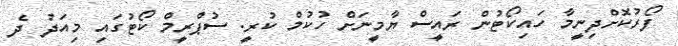
ފޯރުކޮށްދިނީމާ ހައިކޯޓުން ރައީސް ޔާމީނަށް ހުކުމް ކުރީ. ސުޕްރީމް ކޯޓުގައި މިއަދު ދެ